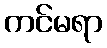
ကင်မရာ